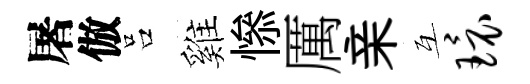
屠倣吕雞𢡖厲亲互环